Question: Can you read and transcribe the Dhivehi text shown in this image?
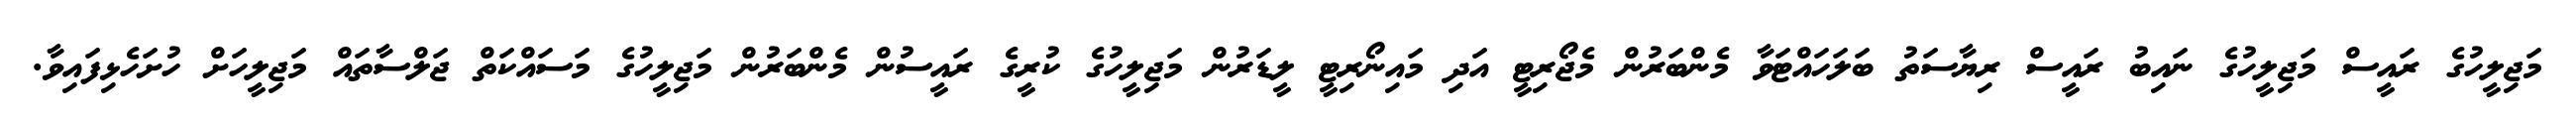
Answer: މަޖިލީހުގެ ރައީސް މަޖިލީހުގެ ނައިބު ރައީސް ރިޔާސަތު ބަލަހައްޓަވާ މެންބަރުން މެޖޯރިޓީ އަދި މައިނޯރިޓީ ލީޑަރުން މަޖިލީހުގެ ކުރީގެ ރައީސުން މެންބަރުން މަޖިލީހުގެ މަސައްކަތް ޖަލްސާތައް މަޖިލީހަށް ހުށަހެޅިފައިވާ.